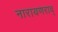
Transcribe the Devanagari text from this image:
नारायणराव्